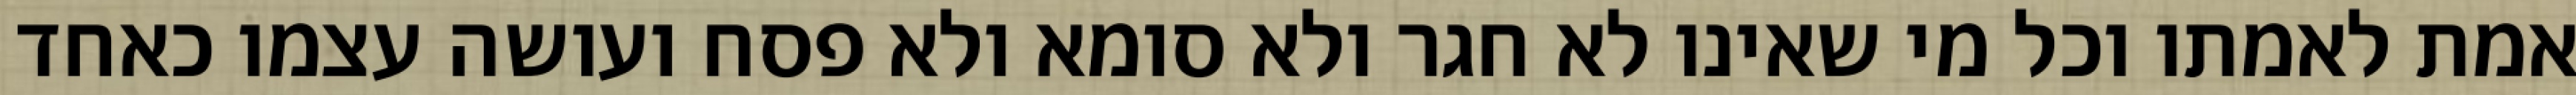
אמת לאמתו וכל מי שאינו לא חגר ולא סומא ולא פסח ועושה עצמו כאחד